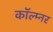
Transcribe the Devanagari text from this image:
कॉल्म्नर